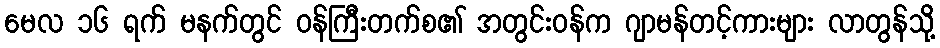
မေလ ၁၆ ရက် မနက်တွင် ဝန်ကြီးတက်စ၏ အတွင်းဝန်က ဂျာမန်တင့်ကားများ လာတွန်သို့